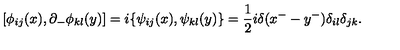
[ \phi _ { i j } ( x ) , \partial _ { - } \phi _ { k l } ( y ) ] = i \{ \psi _ { i j } ( x ) , \psi _ { k l } ( y ) \} = \frac { 1 } { 2 } i \delta ( x ^ { - } - y ^ { - } ) \delta _ { i l } \delta _ { j k } .